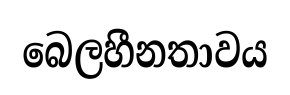
බෙලහීනතාවය